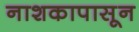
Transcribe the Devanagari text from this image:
नाशकापासून